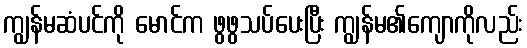
ကျွန်မဆံပင်ကို မောင်က ဖွဖွသပ်ပေးပြီး ကျွန်မ၏ကျောကိုလည်း